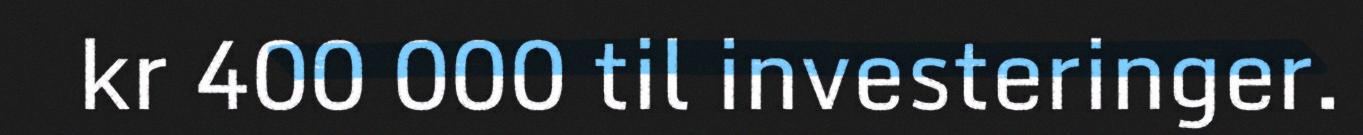
kr 400 000 til investeringer.